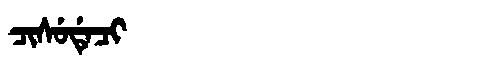
Manchu: ᠴᡳᠰᡠᡩᡝᠴᡳ
Romanization: CISUDECI